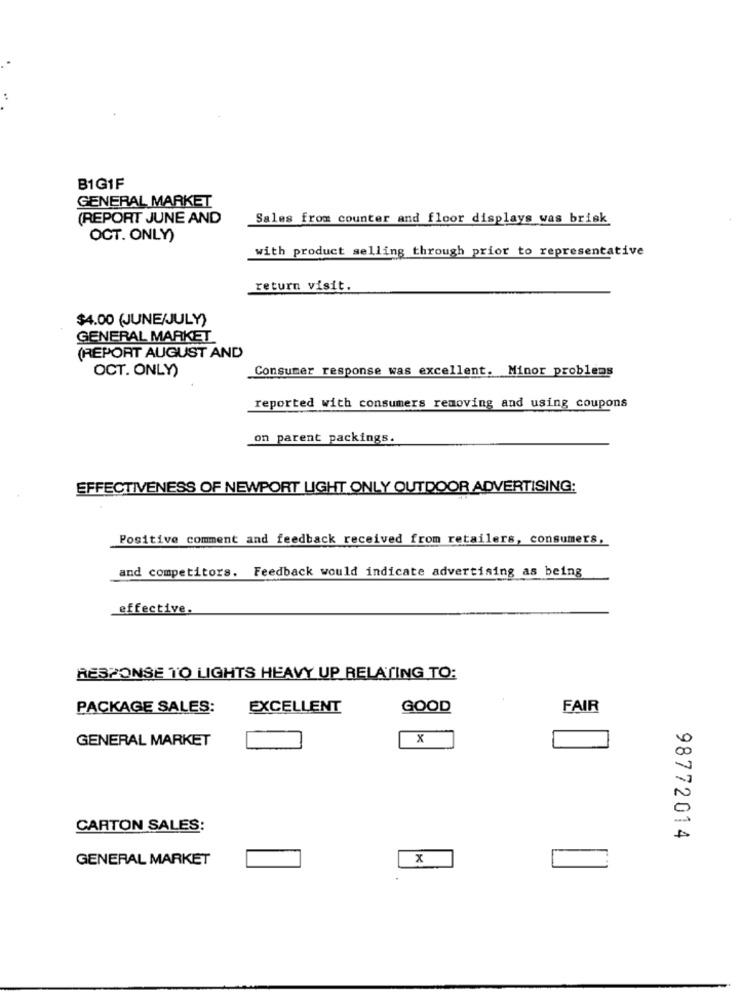
B1G1F
GENERAL MARKET
(REPORT JUNE AND
Sales from counter and floor displays was brisk
OCT. ONLY)
with product selling through prior to representative
return visit.
$4.00 (JUNE/JULY)
GENERAL MARKET
(REPORT AUGUST AND
OCT. ONLY)
Consumer response was excellent. Minor problems
reported with consumers removing and using coupons
on parent packings.
EFFECTIVENESS OF NEWPORT LIGHT ONLY OUTDOOR ADVERTISING:
Positive comment and feedback received from retailers, consumers,
and competitors. Feedback would indicate advertising as being
effective.
RESPONSE TO LIGHTS HEAVY UP RELATING TO:
PACKAGE SALES:
EXCELLENT
GOOD
FAIR
GENERAL MARKET
X
CARTON SALES:
98772014
GENERAL MARKET
x